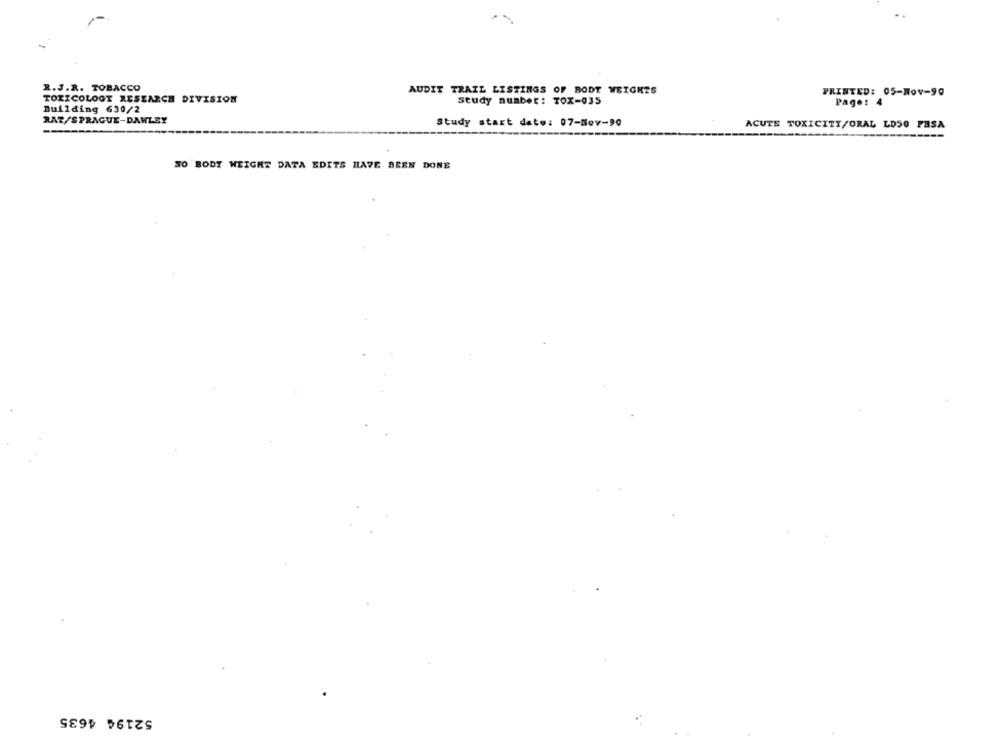
R.J.R. TOBACCO
AUDIT TRAIL LISTINGS OF BODY WEIGHTS
PRINTED: 05-Nov-90
TOXICOLOGY RESEARCH DIVISION
study number: TOX-035
Page: 4
Building 630/2
RAZ, SPRAGUE-DAWLEY
Study start date: 07-Nov-90
ACUTE TOXICITY/ORAL LDSO FASA
NO BODY WEIGHT DATA EDITS HAVE BEEN DONE
52194 4635